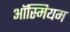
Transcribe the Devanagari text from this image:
ऑस्मियम